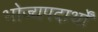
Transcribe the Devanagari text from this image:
भोज्यपदार्थों